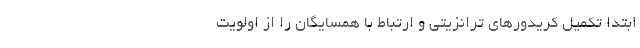
ابتدا تکمیل کریدورهای ترانزیتی و ارتباط با همسایگان را از اولویت